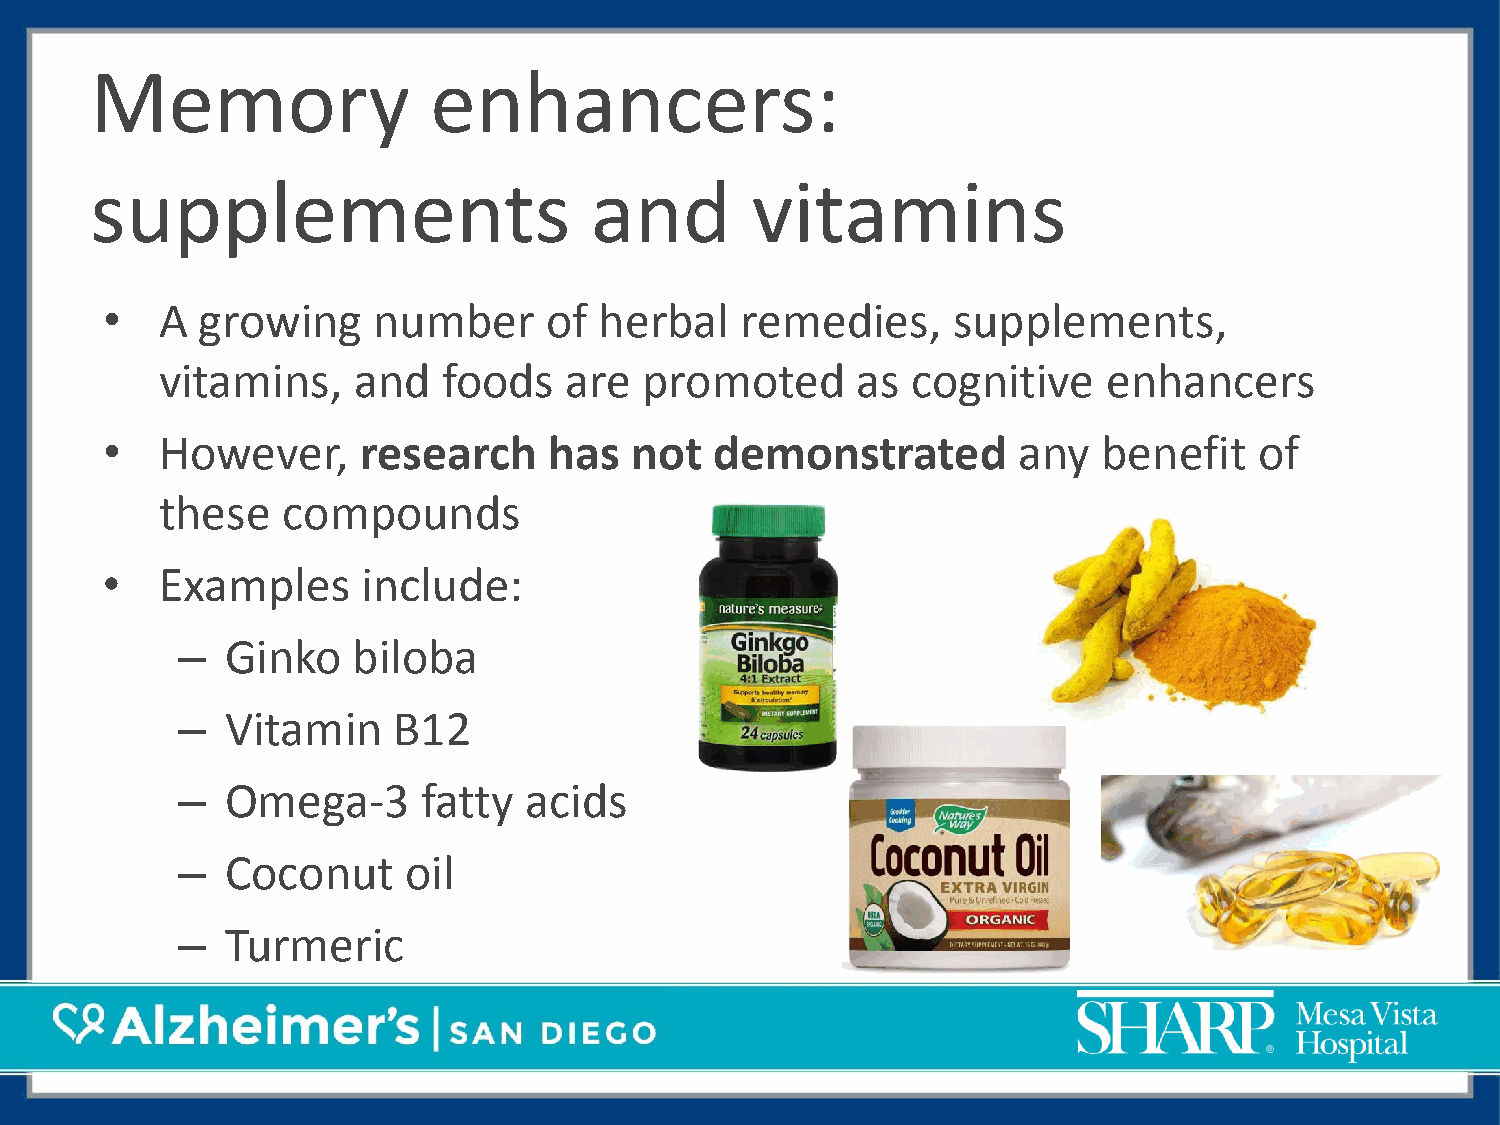
Memory                enhancers:
 supplements                      and        vitamins
 •   A growing     number     of  herbal   remedies,     supplements,
 vitamins,   and   foods   are   promoted      as cognitive    enhancers
 •   However,     research    has   not  demonstrated        any   benefit   of
 these   compounds
 •   Examples     include:
 –  Ginko   biloba
 –  Vitamin    B12
 –  Omega-3      fatty  acids
 –  Coconut     oil
 –  Turmeric